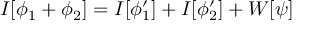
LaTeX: I [ \phi _ { 1 } + \phi _ { 2 } ] = I [ \phi _ { 1 } ^ { \prime } ] + I [ \phi _ { 2 } ^ { \prime } ] + { \cal W } [ \psi ]